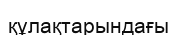
құлақтарындағы